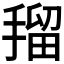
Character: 𭡼